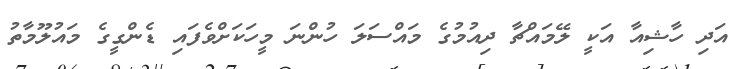
އަދި ހާޝިއާ އަކީ ލޭމައްޗާ ދިއުމުގެ މައްސަލަ ހުންނަ މީހަކަށްވެފައި ޑެންގީގެ މައުލޫމާތު